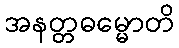
အနတ္တဓမ္မောတိ